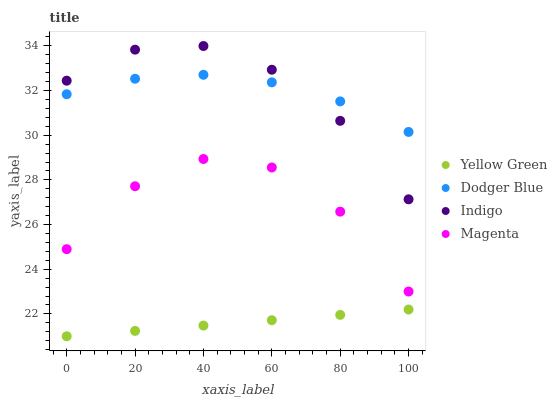
| xaxis_label | Yellow Green | Dodger Blue | Indigo | Magenta |
 | --- | --- | --- | --- | --- |
 | 0 | 21 | 31.8 | 32.4 | 24.9 |
 | 20 | 21.2 | 32.5 | 33.8 | 27.7 |
 | 40 | 21.5 | 32.7 | 34 | 28.9 |
 | 60 | 21.7 | 32.4 | 32.9 | 28.6 |
 | 80 | 22 | 31.5 | 30.6 | 26.6 |
 | 100 | 22.2 | 30.1 | 27.1 | 23 |